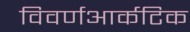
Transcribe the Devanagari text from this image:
विवर्णआर्कटिक